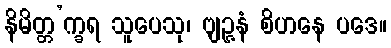
နိမိတ္တ’က္ခရ သူပေသု၊ ဗျဉ္ဇနံ စိဟနေ ပဒေ။